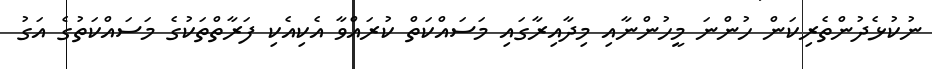
ނުކުޅެދުންތެރިކަން ހުންނަ މީހުންނާއި މިދާއިރާގައި މަސައްކަތް ކުރައްވާ އެކިއެކި ފަރާތްތަކުގެ މަސައްކަތުގެ އަގު